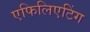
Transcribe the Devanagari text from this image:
एफिलिएटिंग